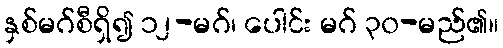
နှစ်မဂ်စီရှိ၍ ၁၂-မဂ်၊ ပေါင်း မဂ် ၃၀-မည်၏။